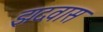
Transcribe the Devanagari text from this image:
झदवास